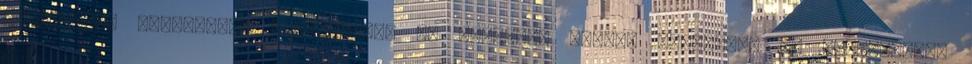
eredményes munkájának segítéséhez az erejéhez mérten anyagilag és erkölcsileg